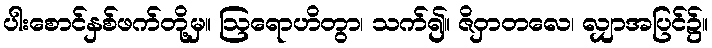
ပါးစောင်နှစ်ဖက်တို့မှ။ ဩရောဟိတွာ၊ သက်၍။ ဇိဝှာတလေ၊ လျှာအပြင်၌။